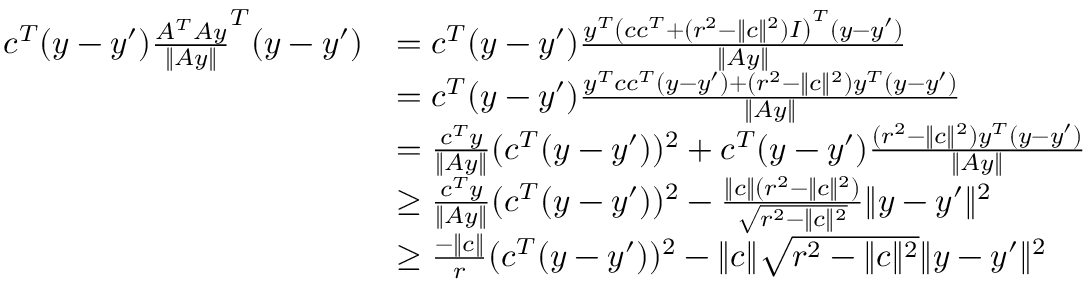
\begin{array} { r l } { c ^ { T } ( y - y ^ { \prime } ) \frac { A ^ { T } A y } { \| A y \| } ^ { T } ( y - y ^ { \prime } ) } & { = c ^ { T } ( y - y ^ { \prime } ) \frac { y ^ { T } \left( c c ^ { T } + ( r ^ { 2 } - \| c \| ^ { 2 } ) I \right) ^ { T } ( y - y ^ { \prime } ) } { \| A y \| } } \\ & { = c ^ { T } ( y - y ^ { \prime } ) \frac { y ^ { T } c c ^ { T } ( y - y ^ { \prime } ) + ( r ^ { 2 } - \| c \| ^ { 2 } ) y ^ { T } ( y - y ^ { \prime } ) } { \| A y \| } } \\ & { = \frac { c ^ { T } y } { \| A y \| } ( c ^ { T } ( y - y ^ { \prime } ) ) ^ { 2 } + c ^ { T } ( y - y ^ { \prime } ) \frac { ( r ^ { 2 } - \| c \| ^ { 2 } ) y ^ { T } ( y - y ^ { \prime } ) } { \| A y \| } } \\ & { \geq \frac { c ^ { T } y } { \| A y \| } ( c ^ { T } ( y - y ^ { \prime } ) ) ^ { 2 } - \frac { \| c \| ( r ^ { 2 } - \| c \| ^ { 2 } ) } { \sqrt { r ^ { 2 } - \| c \| ^ { 2 } } } \| y - y ^ { \prime } \| ^ { 2 } } \\ & { \geq \frac { - \| c \| } { r } ( c ^ { T } ( y - y ^ { \prime } ) ) ^ { 2 } - \| c \| \sqrt { r ^ { 2 } - \| c \| ^ { 2 } } \| y - y ^ { \prime } \| ^ { 2 } } \end{array}